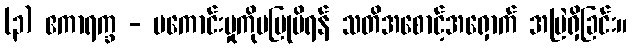
(၃) ဧကာရက္ခ - မကောင်းမှုကိုမပြုမိရန် သတိအစောင့်အရှောက် အမြဲရှိခြင်း။